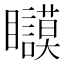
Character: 𱳚